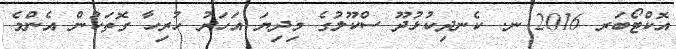
އޮކްޓޯބަރ 2016 ނ. ކެނދިކުޅުދޫ ސްކޫލުގެ މިދިޔަ އަހަރު ހުރިހާ ގޮތަކުން އެންމެ